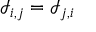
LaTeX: { \mathcal { I } } _ { i , j } = { \mathcal { I } } _ { j , i }